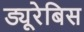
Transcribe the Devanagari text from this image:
ड्यूरेबिस